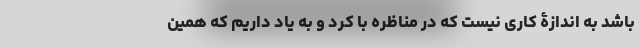
باشد به اندازۀ کاری نیست که در مناظره با کرد و به یاد داریم که همین